King Institute of Preventive Medicine Micro-Biological Section reports 1909-11
Year: 1909
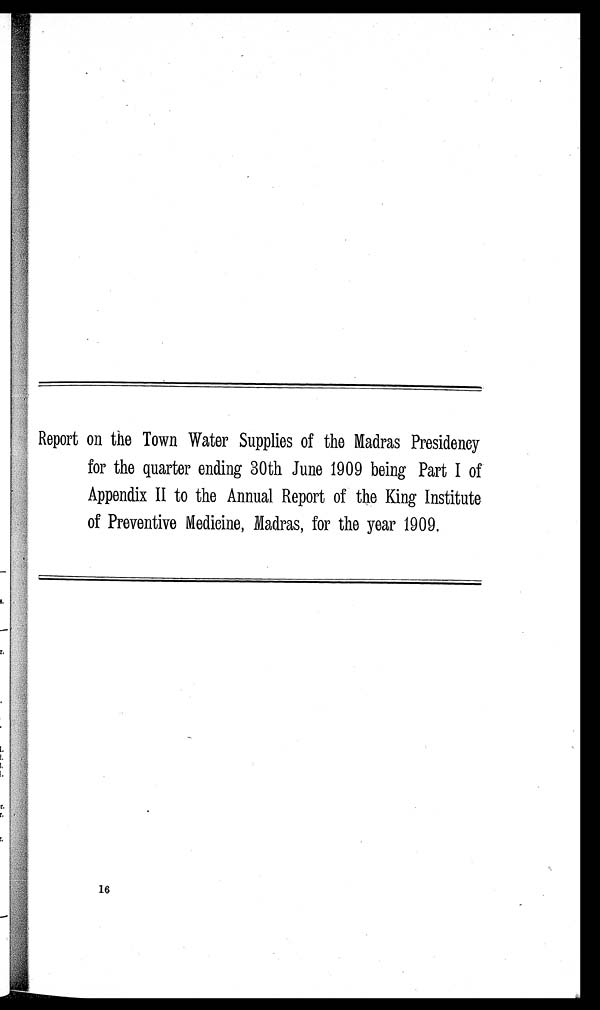
Report on the Town Water Supplies of the Madras Presidency
for the quarter ending 30th June 1909 being Part I of
Appendix II to the Annual Report of the King Institute
of Preventive Medicine, Madras, for the year 1909.
16